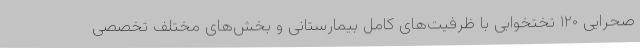
صحرایی ۱۲۰ تختخوابی با ظرفیت‌های کامل بیمارستانی و بخش‌های مختلف تخصصی